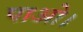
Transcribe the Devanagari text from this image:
पाओ।